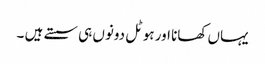
یہاں کھانا اور ہوٹل دونوں ہی سستے ہیں ۔